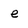
Character: e